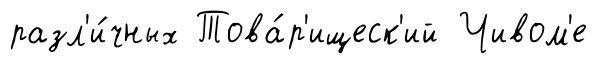
разл'и́чных Това́р'ищеск'ий Чивом'е